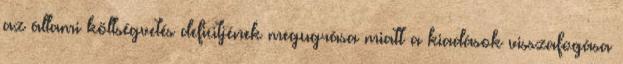
az állami költségvetés deficitjének megugrása miatt a kiadások visszafogása